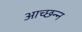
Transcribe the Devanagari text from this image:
आच्छन्‍न